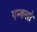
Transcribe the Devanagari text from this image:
एन्क्सो